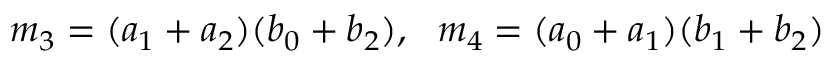
m _ { 3 } = ( a _ { 1 } + a _ { 2 } ) ( b _ { 0 } + b _ { 2 } ) , \ \ m _ { 4 } = ( a _ { 0 } + a _ { 1 } ) ( b _ { 1 } + b _ { 2 } )